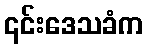
၎င်းဒေသခံက